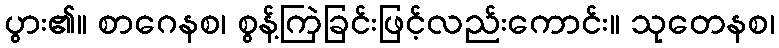
ပွား၏။ စာဂေနစ၊ စွန့်ကြဲခြင်းဖြင့်လည်းကောင်း။ သုတေနစ၊